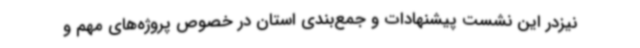
نیزدر این نشست پیشنهادات و جمع‌بندی استان در خصوص پروژه‌های مهم و